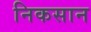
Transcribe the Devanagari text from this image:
निकसान